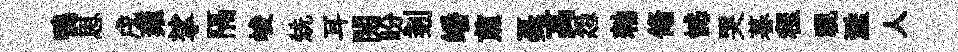
鴨思戌雍挲隔峻兟耳閲盼剗皤煎戞高怨勑翛憾哭暮程视濫人